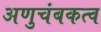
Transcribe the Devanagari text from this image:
अणुचंबकत्व